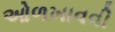
ઓળખાવવી